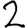
Digit: 2